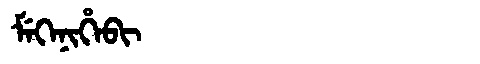
Manchu: ᠮᡝᡴᡝᠨᡳᡥᡝᠪᡳ
Romanization: MEKENIHEBI